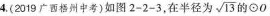
4.(2019广西梧州中考)如图2-2-3，在半径为 \sqrt{13} 的⊙O